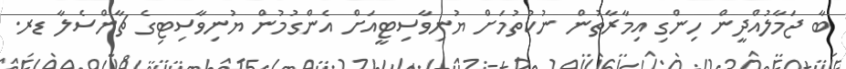
ބާ ޖަމާލުއްދީން ހިންގި އިމާރާތުން ނުކުތުމަށް ޔުނިވާސިޓީއަށް އެންގުމުން ޔުނިވާސިޓިގެ ޗާންސެލާ ޑރ.